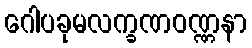
ဂေါပခုမလက္ခဏဝဏ္ဏနာ